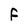
Character: f